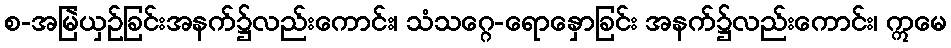
စ-အမြဲယှဉ်ခြင်းအနက်၌လည်းကောင်း၊ သံသဂ္ဂေ-ရောနှောခြင်း အနက်၌လည်းကောင်း၊ ဣမေ